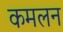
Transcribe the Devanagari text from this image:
कमलन